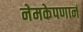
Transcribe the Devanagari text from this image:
नेमकेपणानं